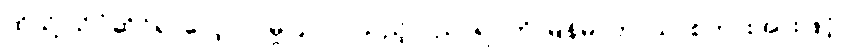
ထိုသို့ သိပ္ပံဆိုင်ရာလေ့လာမှုပြုလုပ်သည့် ပညာရပ်ကို မြန်မာဘာသာစကားအားဖြင့်